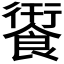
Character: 𮩄